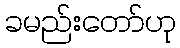
ခမည်းတော်ဟု